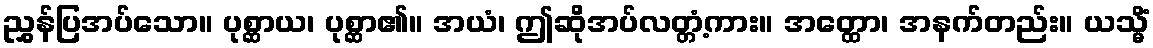
ညွှန်ပြအပ်သော။ ပုစ္ဆာယ၊ ပုစ္ဆာ၏။ အယံ၊ ဤဆိုအပ်လတ္တံ့ကား။ အတ္ထော၊ အနက်တည်း။ ယသ္မိံ